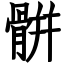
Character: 骿